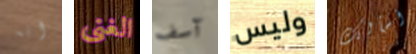
انه الغنى آسف وليس أسألك